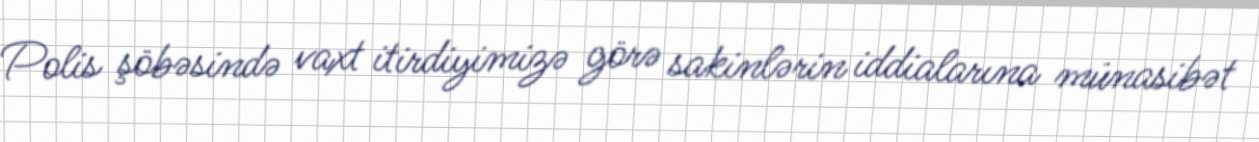
Polis şöbəsində vaxt itirdiyimizə görə sakinlərin iddialarına münasibət